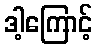
ဒါ့ကြောင့်